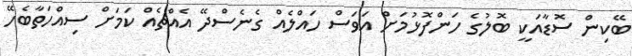
ބޭކިން ސޮޑާއަކީ ބޮލުގެ ހަންފޮޅުމަށް އަވަސް ހައްލެއް ގެނެސްދޭ އެއްޗެއް ކަމަށް ސިއްހަތާބެހޭ